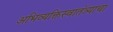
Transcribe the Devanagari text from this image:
अभिव्यक्तिस्वातंत्र्याचा